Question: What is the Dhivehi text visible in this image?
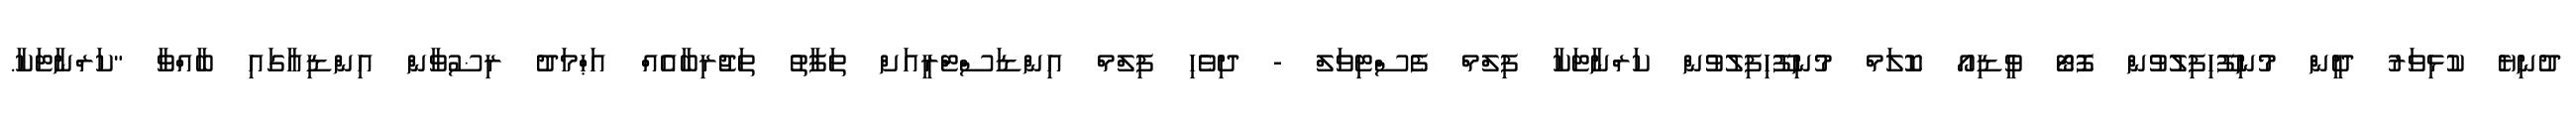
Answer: ދުނިޔެ ކުޅިވަރު ދީން މުނިފޫހިފިލުވުން ފޮޓޯ ވީޑިއޯ ކޮލަމް މުނިފޫހިފިލުވުން ކަރްނާޓަކާ ފިލްމް ފެސްޓިވަލް - ދިވެހި ފިލްމް އިންޑަސްޓްރީއަށް ތަފާތު ތަޖުރިބާއެއް އަޙްމަދު ރިޟުވާން އިންޑިއާގައި ބާއްވާ "ކަރްނާޓަކާ.